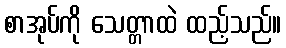
စာအုပ်ကို သေတ္တာထဲ ထည့်သည်။